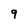
Character: 9